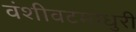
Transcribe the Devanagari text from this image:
वंशीवटमाधुरी